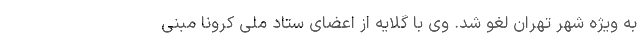
به ویژه شهر تهران لغو شد. وی با گلایه از اعضای ستاد ملی کرونا مبنی